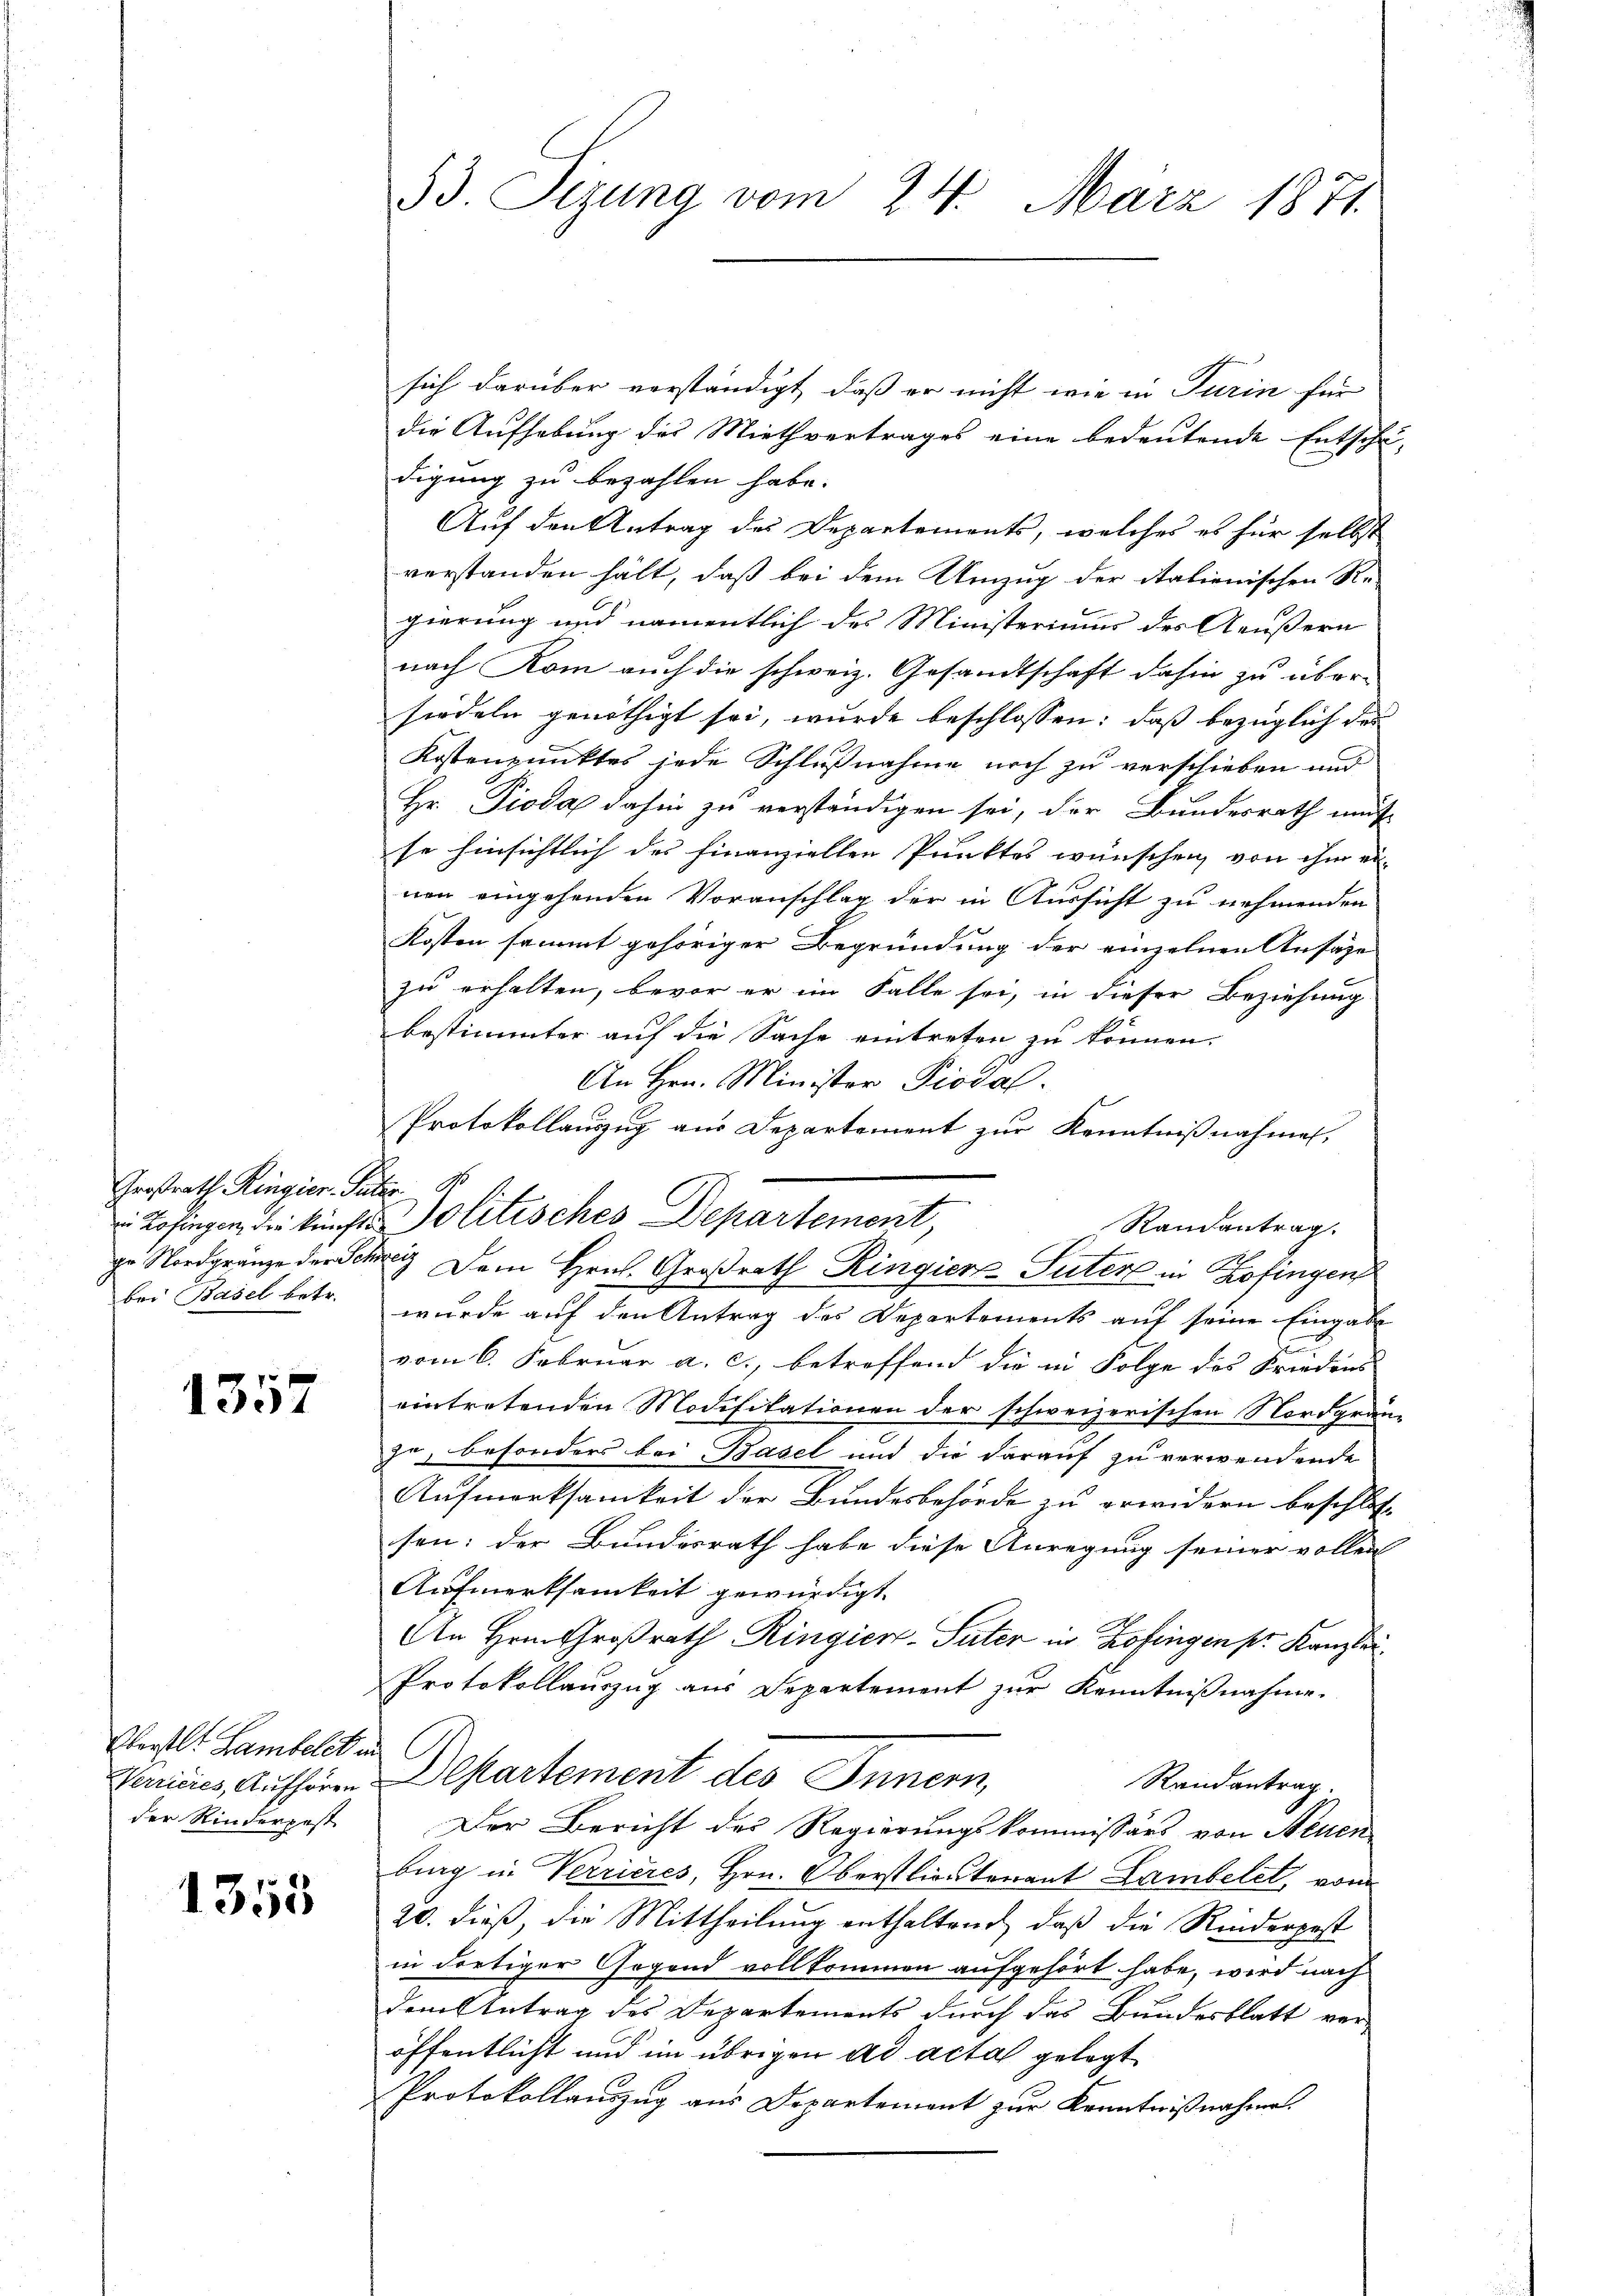
Großrath Ringier. Ju
in Zofingen, der kunftgr Nordgränze der Sch
bei Basel betr.

1357

Oberstl. Lambelck
Verrieres, Aufhören
der Kinderpest

1355

33. Sizung vom 24. März 1871.

sich darüber verständigt, daß er nicht wie in Turin für
die Aufhebung des Miethvertrages eine bedeutende Entschä-
digung zu bezahlen habe.
Auf den Antrag des Departements, welches es für selbst
verstanden hält, daß bei dem Umzug der italienischen Re
gierung und namentlich des Ministeriums des Aeußern
nach Rom auch die schweiz. Gesandtschaft dahin zu übersiedeln genöthigt sei, wurde beschlossen: daß bezüglich der
Kostenpunktes jede Schlußnahme noch zu verschieben und
Hr. Pioda dahin zu verständigen sei, der Bundesrath müs
se hinsichtlich des finanziellen Punktes wünschen von ihm ei-
nen eingehenden Voranschlag der in Aussicht zu nehmenden
Kosten sammt gehöriger Begründung der einzelnen Ansäze
zu erhalten, bevor er im Falle sei, in dieser Beziehung
bestimmter auf die Sache eintreten zu können.
An Hrn. Minister Piodal.
Protokollauszug aus Departement zur Kenntnißnahmen,
Politisches Departement,
Randantrag.
wig Dem Hrn. Großrath Ringien Suter in Zofingen
wurde auf den Antrag des Departements auf seine Eingabe
.
vom 6. Februar a. c., betreffend die in Folge des Frieders
eintretenden Modifikationen der schweizerischen Nordgranze, besonders bei Basel und die darauf zu verwendende
Aufmerksamkeit der Bundesbehörde zu erwidern beschloss
sen; der Bundesrath habe diese Anregung seiner vollen |
Aufmerksamkeit gewürdigt.
An Hrn. Großrath Ringier-Pater in Zofingen pr. Kanzlei.
Protokollauszug aus Departement zur Kenntnißnahme.
Departement des Innern,
Randantrag.
Der Bericht des Regierungskommissärs von Neuen
burg in Verrieres, Hrn. Oberstlieutenant Lambelet, von
20. dieß, die Mittheilung enthaltend, daß die Rinderpest
in dortiger Gegend vollkommen aufgehört habe, wird nach
dem Antrag des Departements durch das Bundesblatt ver-
öffentlicht und im übrigen ad acta gelegt
Protokollauszug aus Departement zur Kenntnißnahme

9